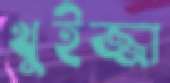
খুইজ্জা